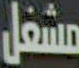
مشغل